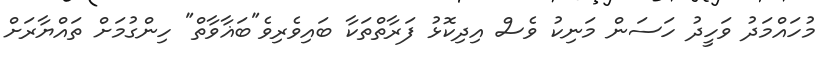
މުހައްމަދު ވަހީދު ހަސަން މަނިކު ވެސް އިދިކޮޅު ފަރާތްތަކާ ބައިވެރިވެ"ބަޣާވާތް" ހިންގުމަށް ތައްޔާރަށް